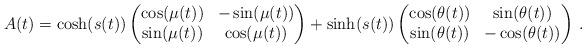
LaTeX: \begin{align*}A(t)=\cosh(s(t)) \begin{pmatrix} \cos(\mu(t))& -\sin(\mu(t))\\ \sin(\mu(t))& \cos(\mu(t)) \end{pmatrix}+\sinh(s(t)) \begin{pmatrix} \cos(\theta(t))& \sin(\theta(t))\\ \sin(\theta(t))& -\cos(\theta(t)) \end{pmatrix}\,.\end{align*}